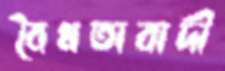
বৈধতাবাদী